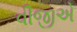
વીજીએ